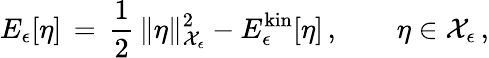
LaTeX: E_{\epsilon}[\eta]\, =\, \frac 12\, \| \eta\| _{\mathcal{X}_{\epsilon}}^{2}-E_{\epsilon}^{\mathrm{kin}}[\eta]\, ,\qquad\eta\in\mathcal{X}_{\epsilon}\, ,